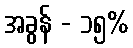
အခွန် - ၁၅%